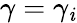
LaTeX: \gamma=\gamma_{\mathit{i}}